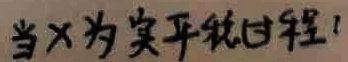
当$x$为实半轴长！